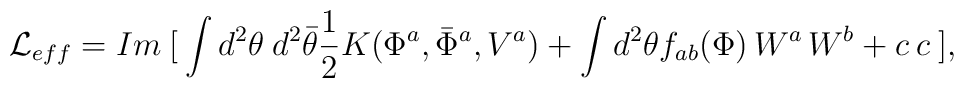
{\cal L} _{eff}=Im \:[\: \int d^{2} \theta  \: d^{2} \bar{\theta} \frac {1}{2}K(\Phi ^{a},        \bar{\Phi}^{a}, V^{a}) + \int d^{2} \theta f_{ab}(\Phi)\, W^{a} \,W^{b}+ c \: c\:],